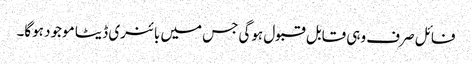
فائل صرف وہی قابل قبول ہوگی جس میں بائنری ڈیٹا موجود ہوگا۔